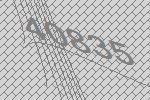
40835